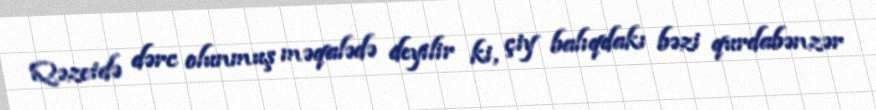
Qəzetdə dərc olunmuş məqalədə deyilir ki, çiy balıqdakı bəzi qurdabənzər